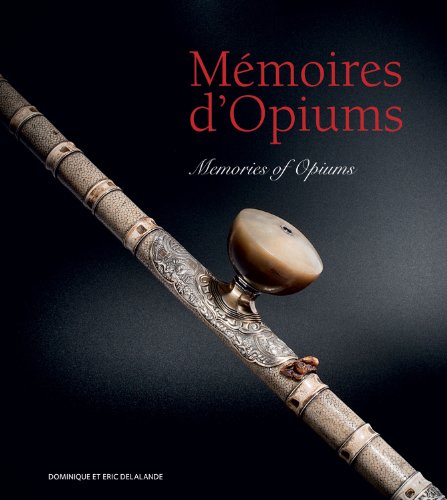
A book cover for Memories of Opiums; Dominique Delalande; Humor & Entertainment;